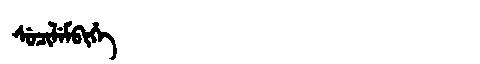
Manchu: ᠰᡠᠴᡳᠯᡝᠮᠪᡳᡥᡝ
Romanization: SUCILEMBIHE